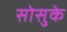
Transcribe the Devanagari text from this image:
सोसुके